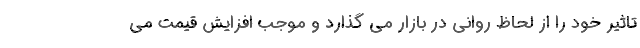
تاثیر خود را از لحاظ روانی در بازار می گذارد و موجب افزایش قیمت می